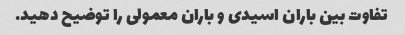
تفاوت بین باران اسیدی و باران معمولی را توضیح دهید.